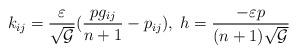
\begin{align*}k_{ij} =\frac{\varepsilon}{\sqrt{\cal G}} (\frac{p g_{ij}}{n+1}-p_{ij}),\; h=\frac{-\varepsilon p}{(n+1)\sqrt{\cal G}}\end{align*}